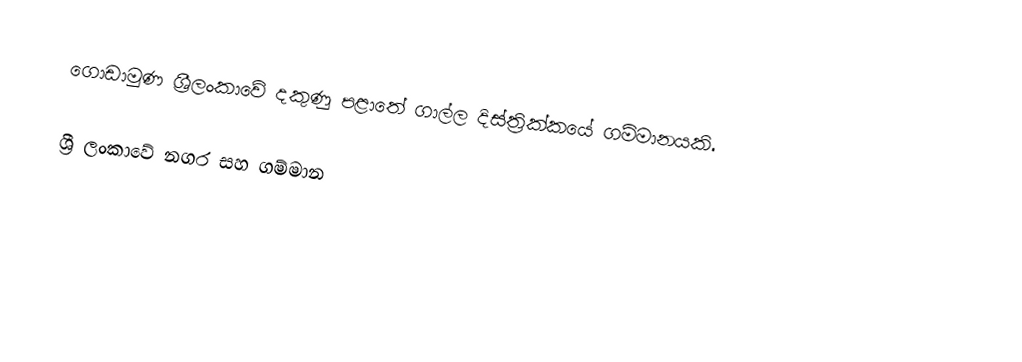
ගොඩාමුණ ශ්‍රීලංකාවේ  දකුණු පළාතේ ගාල්ල දිස්ත්‍රික්කයේ ගම්මානයකි.

ශ්‍රී ලංකාවේ නගර සහ ගම්මාන